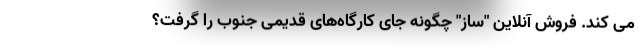
می کند. فروش آنلاین "ساز" چگونه جای کارگاه‌های قدیمی جنوب را گرفت؟